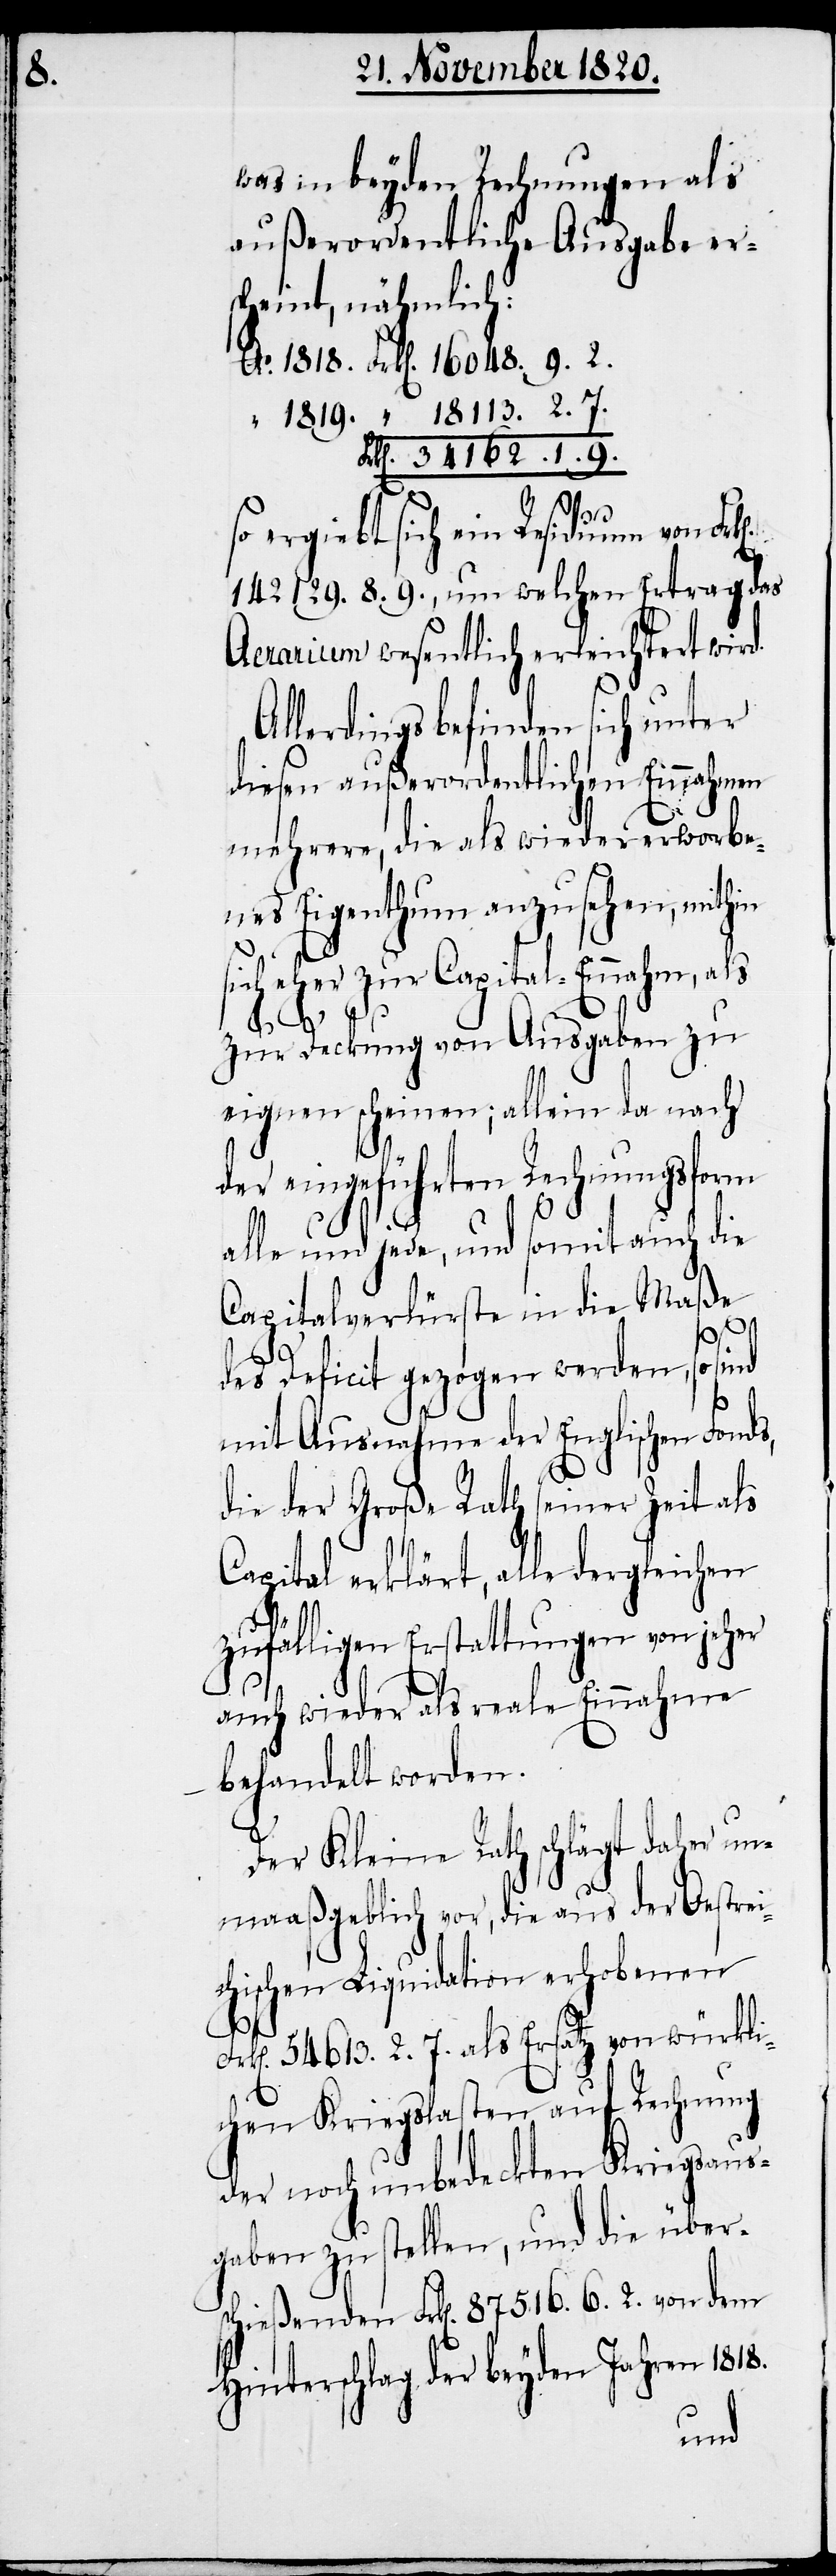
9.

“

was in beyden Rechnungen als
außerordentliche Ausgaben er¬
scheint, nähmlich:
so ergiebt sich ein Residuum von
142 129. 8. 9., um welchen Ertrag das
Aerarium wesentlich erleichtert wird.
Allerdings befinden sich unter
diesen außerordentlichen Einnahmen
mehrere, die als wiedererworbe¬
nes Eigenthum anzusehen, mithin
sich eher zur Capital-Einnahm, als
Fr¬
zur Deckung von Ausgaben zu
eignen scheinen; allein da nach
der eingeführten Rechnungsform
alle und jede, und somit auch die
Capitalverlürste in die Maße
1.
des Deficit gezogen werden, so sind
mit Ausnahme der Englischen Fonds,
die der Große Rath seiner Zeit als
Capital erklärt, alle dergleichen
zufälligen Erstattungen von jeher
auch wieder als reale Einnahme
behandelt worden.
Der Kleine Rath schlägt daher un¬
maaßgeblich vor, die aus der Oestrei¬
chischen Liquidation erhobenen
k[en]. 54 613. 2. 7. als Ersatz von würkli¬
chen Kriegslasten auf Rechnung
der noch unbedeckten Kriegsaus¬
gaben zu stellen, und die über¬
schießenden Frk[en]. 87516. 6. 2. von dem
Hinterschlag der beyden Jahren 1818.